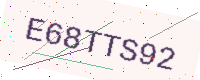
Text: E68TTS92